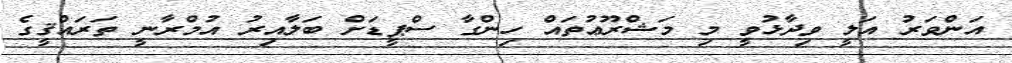
އަންވަރު އަލީ ވިދާޅުވީ މި މަޝްރޫޢުތައް ހިންގާ ސްޕީޑަށް ބަލާއިރު އުމްރާނީ ތަރައްޤީގެ